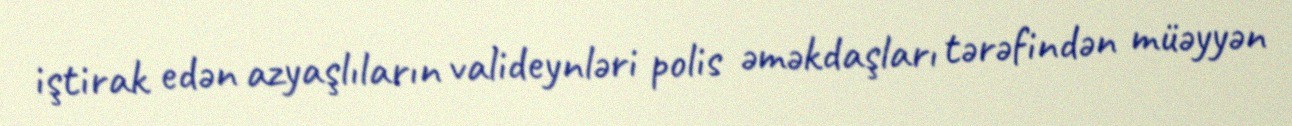
iştirak edən azyaşlıların valideynləri polis əməkdaşları tərəfindən müəyyən